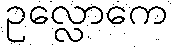
ဥလ္လောကေ